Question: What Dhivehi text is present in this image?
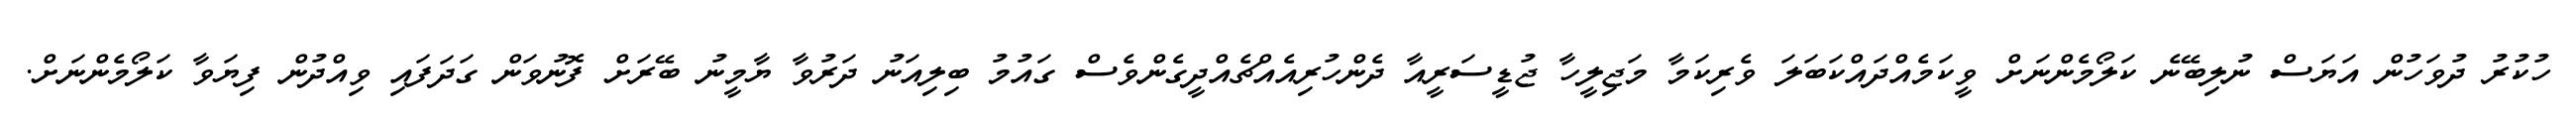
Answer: ހުކުރު ދުވަހުން އަޔަސް ނުލިބޭނެ ކަލޯމެންނަށް ވީކަމެއްދައްކަބަލަ ވެރިކަމާ މަޖިލީހާ ޖުޑީސަރީއާ ދެންހުރިއެއްޗެއްދީގެންވެސް ގައުމު ބިލިއަނު ދަރުވާ ޔާމީނު ބޭރަށް ފޮނުވަން ގަދަފައި ވިއްދުން ފިޔަވާ ކަލޯމެންނަށް.